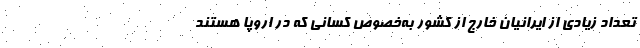
تعداد زیادی از ایرانیان خارج از کشور به‌خصوص کسانی که در اروپا هستند